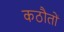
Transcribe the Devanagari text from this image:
कठौतों